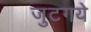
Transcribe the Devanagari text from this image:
जुटगये